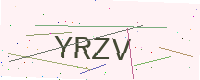
Text: YRZV